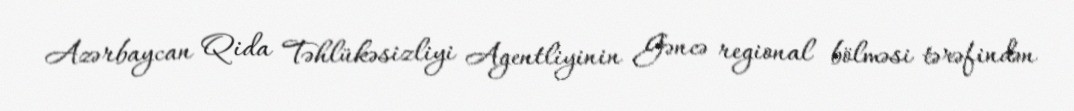
Azərbaycan Qida Təhlükəsizliyi Agentliyinin Gəncə regional bölməsi tərəfindən